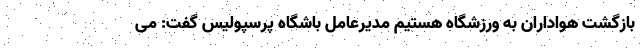
بازگشت هواداران به ورزشگاه هستیم مدیرعامل باشگاه پرسپولیس گفت: می